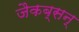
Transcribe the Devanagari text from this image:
जैकब्सन्